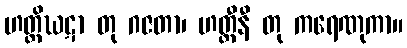
ဟတ္ထိဃဋာ တု ဂဇတာ၊ ဟတ္ထီနီ တု ကရေဏုကာ။